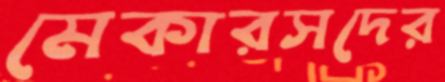
মেকারসদের